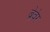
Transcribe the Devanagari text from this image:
ब्रेवेर